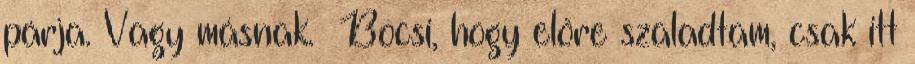
párja. Vagy másnak. Bocsi, hogy előre szaladtam, csak itt